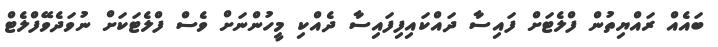
ބައެއް ރައްޔިތުން ފްލެޓަށް ފައިސާ ދައްކައިފިފައިސާ ދެއްކި މީހުންނަށް ވެސް ފްލެޓަކަށް ނުވަދެވޭފްލެޓް